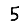
Digit: 5